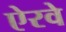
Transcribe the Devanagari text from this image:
ऐरवे